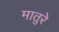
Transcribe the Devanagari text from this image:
मातुरे